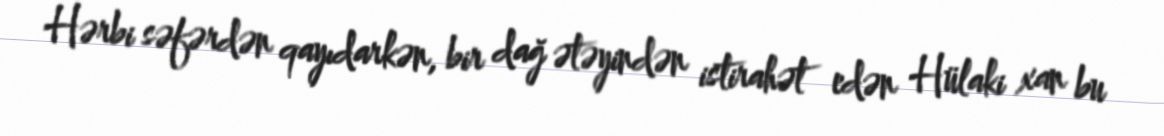
Hərbi səfərdən qayıdarkən, bir dağ ətəyindən istirahət edən Hülaki xan bu